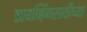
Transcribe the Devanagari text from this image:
डायव्हिंगसाठीच्या